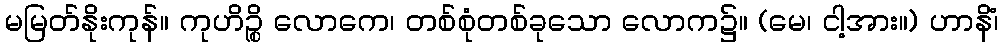
မမြတ်နိုးကုန်။ ကုဟိဉ္စိ လောကေ၊ တစ်စုံတစ်ခုသော လောက၌။ (မေ၊ ငါ့အား။) ဟာနိံ၊